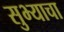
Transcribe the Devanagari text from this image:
सुभ्याचा